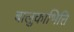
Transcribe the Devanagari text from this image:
बालुकाभित्ति